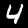
Digit: 4